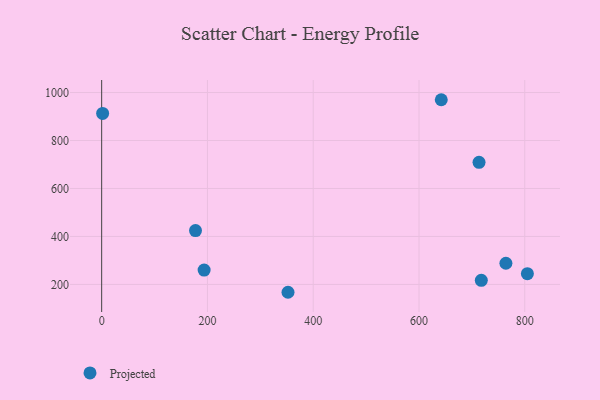
{"axis": {"x": "Investment", "y": "Sales"}, "legend": ["Projected"], "data": [{"x": "352.3", "y": 167.3, "type": "Projected"}, {"x": "713.5", "y": 708.9, "type": "Projected"}, {"x": "764.3", "y": 288.3, "type": "Projected"}, {"x": "804.9", "y": 244.9, "type": "Projected"}, {"x": "1.8", "y": 912.7, "type": "Projected"}, {"x": "717.8", "y": 217.0, "type": "Projected"}, {"x": "642.1", "y": 970.0, "type": "Projected"}, {"x": "177.4", "y": 424.5, "type": "Projected"}, {"x": "193.7", "y": 260.0, "type": "Projected"}]}